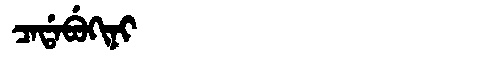
Manchu: ᠴᠠᡩᠠᠪᡠᡴᡳᠨᡳ
Romanization: CADABUKINI